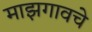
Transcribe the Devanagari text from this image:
माझगावचे